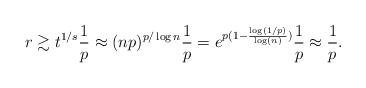
LaTeX: \begin{align*} r \gtrsim t^{1/s} \frac{1}{p} \approx (np)^{p / \log n} \frac{1}{p} = e^{p(1 - \frac{\log(1/p)}{\log(n)})} \frac{1}{p} \approx \frac{1}{p} . \end{align*}